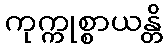
ကုက္ကုစ္စာယန္တိ